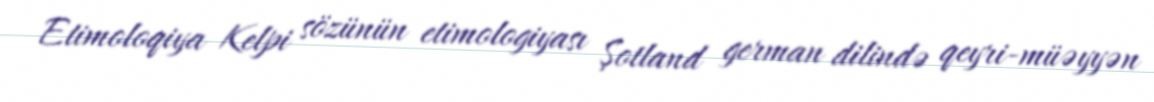
Etimoloqiya Kelpi sözünün etimologiyası Şotland german dilində qeyri-müəyyən